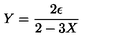
Y = { \frac { 2 \epsilon } { 2 - 3 X } }